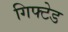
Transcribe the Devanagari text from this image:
गिफ्टेड